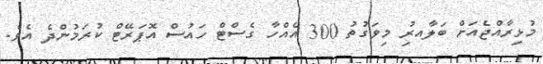
މުޅިރާއްޖެއަށް ބަލާއރިު މިވަގުތު 300 އެއްހާ ގެސްޓް ހައުސް އޮޕަރޭޓް ކުރަމުންދެ އެވެ.